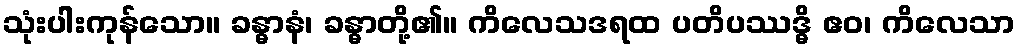
သုံးပါးကုန်သော။ ခန္ဓာနံ၊ ခန္ဓာတို့၏။ ကိလေသဒရထ ပတိပဿဒ္ဓိ ဧဝ၊ ကိလေသာ